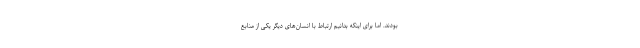
بودند. اما برای اینکه بدانیم ارتباط با انسان‌های دیگر یکی از منابع